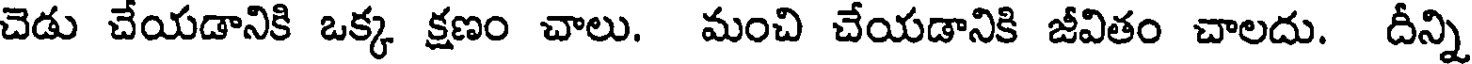
చెడు చేయడానికి ఒక్క క్షణం చాలు. మంచి చేయడానికి జీవితం చాలదు. దీన్ని